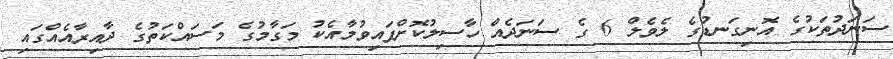
ސަނަދުތަކުގެ އޮނިގަނޑުގެ ލެވެލް 6 ގެ ސަނަދެއް ހާސިލުކޮށްފައިވުމާއެކު މަގާމުގެ މަސައްކަތުގެ ދާއިރާއެއްގައި